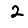
Digit: 2